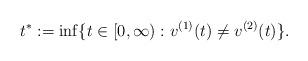
LaTeX: \begin{align*}t^*:=\inf\{t\in[0,\infty):v^{(1)}(t)\neq v^{(2)}(t)\}.\end{align*}